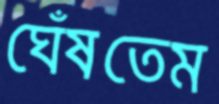
ঘেঁষতেম